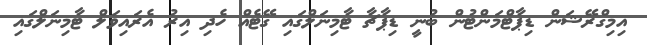
އިމިގްރޭޝަން ޑިޕާޓްމަންޓުން ބުނީ ޑިޕާޗާ ޓާމިނަލްގައި ގޭޓެއް ހެދި އިރު އެރައިވަލް ޓާމިނަލްގައި